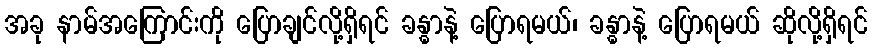
အခု နာမ်အကြောင်းကို ပြောချင်လို့ရှိရင် ခန္ဓာနဲ့ ပြောရမယ်၊ ခန္ဓာနဲ့ ပြောရမယ် ဆိုလို့ရှိရင်